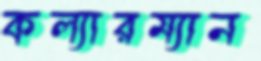
কল্যারম্যান